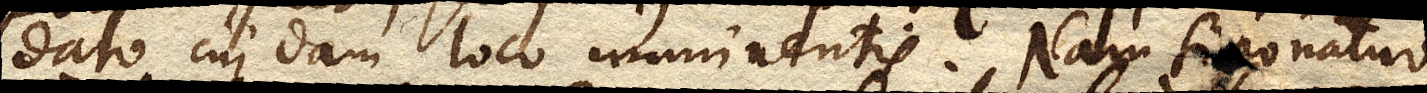
dato cuidam loco imminentis. Nam si ponatur